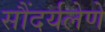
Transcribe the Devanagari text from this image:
सौंदर्यलेणे